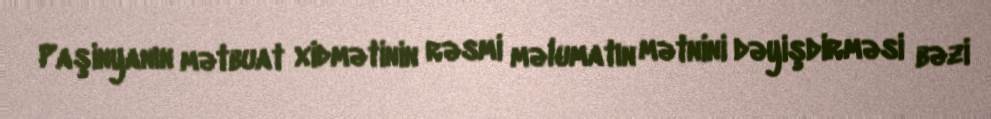
Paşinyanın mətbuat xidmətinin rəsmi məlumatın mətnini dəyişdirməsi bəzi